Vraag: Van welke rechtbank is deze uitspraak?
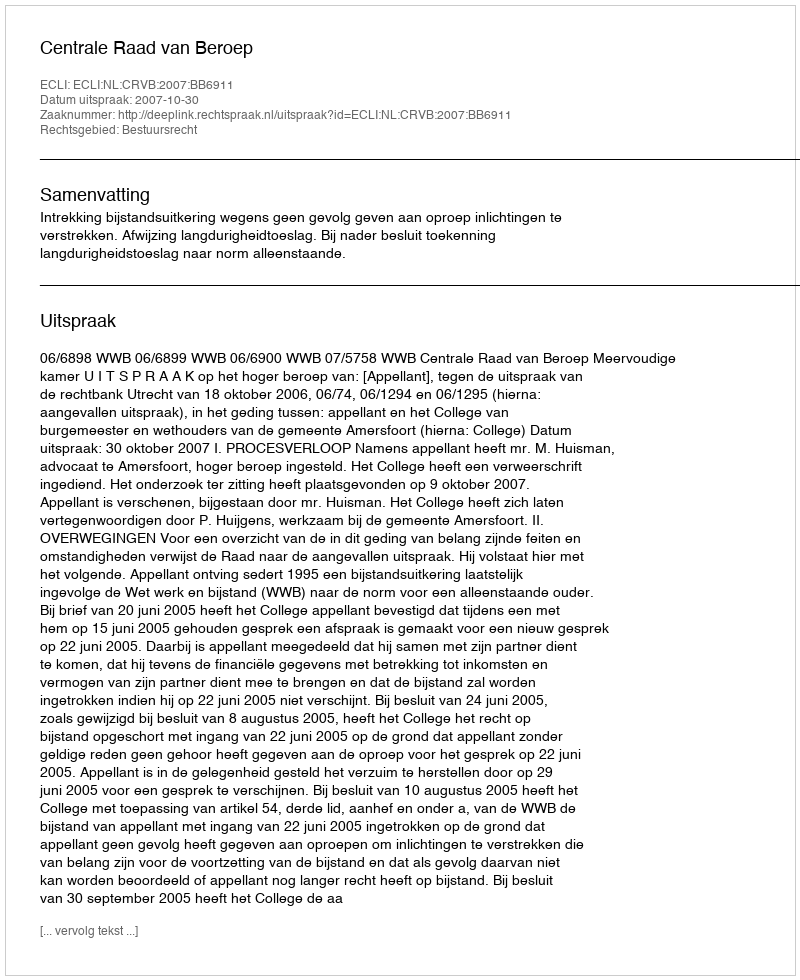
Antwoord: Centrale Raad van Beroep